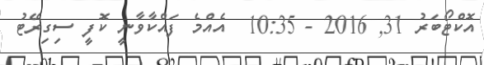
އޮކްޓޯބަރު 31